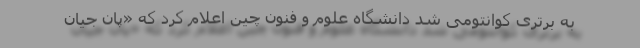
به برتری کوانتومی شد دانشگاه علوم و فنون چین اعلام کرد که «پان جیان